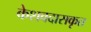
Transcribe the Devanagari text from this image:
केशवदासकृत